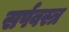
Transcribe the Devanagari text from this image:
सर्पवस्त्र